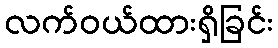
လက်ဝယ်ထားရှိခြင်း